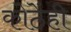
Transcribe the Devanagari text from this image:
कोठेंही